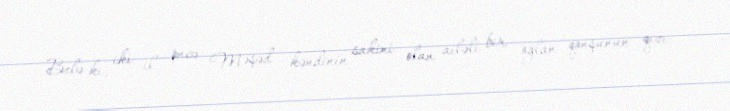
Belə ki, iki il öncə Məşəd kəndinin sakini olan ailəli bir oğlan qonşunun qızı